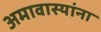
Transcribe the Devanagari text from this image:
अमावास्यांना